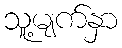
သူ့မျက်နှာ